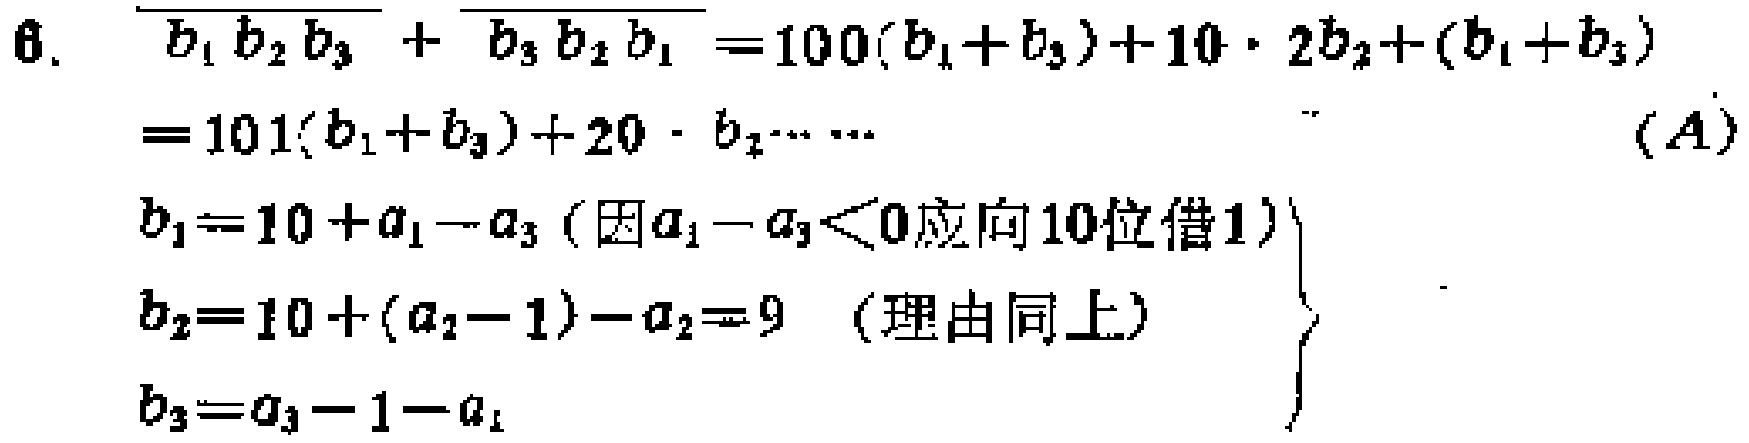
\[
\begin{align*}
\overline{b_1b_2b_3}+\overline{b_3b_2b_1}&=100(b_1 + b_3)+10\cdot2b_2+(b_1 + b_3)\\
&=101(b_1 + b_3)+20\cdot b_2\cdots\cdots(A)\\
b_1&=10 + a_1 - a_3\ (\text{因}a_1 - a_3<0\text{应向}10\text{位借}1)\\
b_2&=10+(a_2 - 1)-a_2 = 9\ (\text{理由同上})\\
b_3&=a_3 - 1 - a_1
\end{align*}
\]